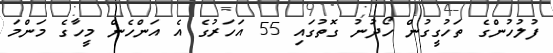
ފުލުހުންގެ ތަހުގީގުން ހޯދުނު ގޮތުގައި 55 އަހަރުގެ އެ އަންހެން މީހާގެ މަންމަ